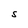
Character: S